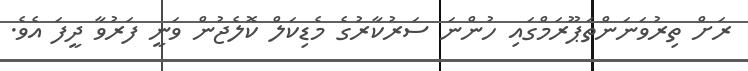
ރަށް ތިރުވަނަންތަޕޫރަމްގައި ހުންނަ ސަރުކާރުގެ މެޑިކަލް ކޮލެޖުން ވަނީ ފަރުވާ ދީފަ އެވެ.